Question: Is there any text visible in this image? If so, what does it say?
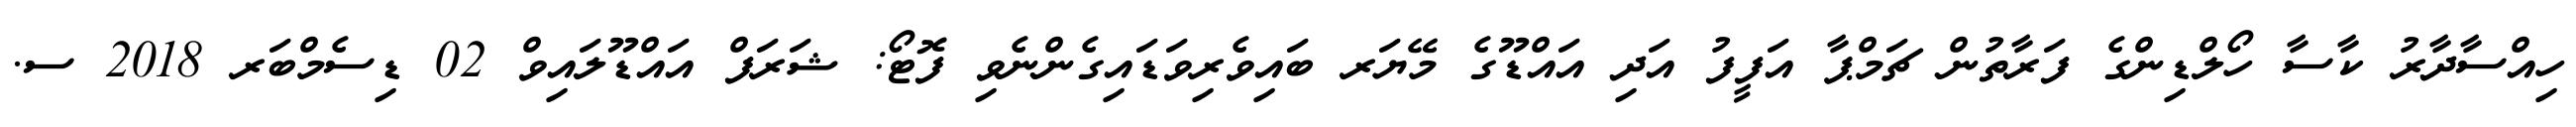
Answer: ހިއްސާދާރު ކާސާ ހޯލްޑިންގެ ފަރާތުން ޗަމްޕާ އަފީފު އަދި އައްޑޫގެ މޭޔަރ ބައިވެރިވަޑައިގެންނެވި ފޮޓޯ: ޝަރަފް އައްޑޫލައިވް 02 ޑިސެމްބަރ 2018 ސ.